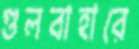
গুলবাহারে